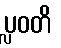
ပ္လဝတိ